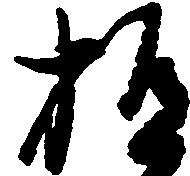
極